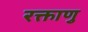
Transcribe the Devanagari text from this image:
रक्ताणु